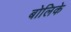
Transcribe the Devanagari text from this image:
बोलिके